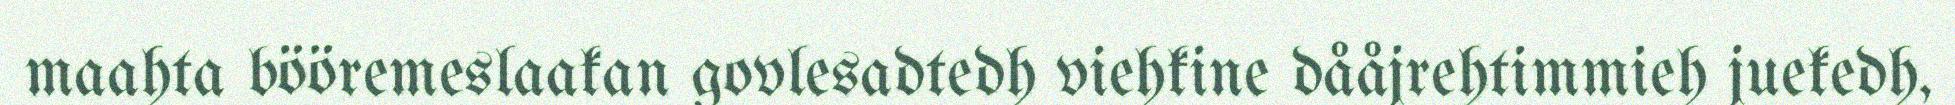
maahta bööremeslaakan govlesadtedh viehkine dååjrehtimmieh juekedh,